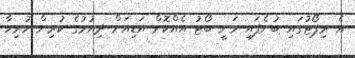
އެ ރިޕޯޓުގައި ބުނެފައި ވަނީ ބޯޓު އެއްކޮށް އަޑިއަށް ދިއުމުގެ ކުރިން ހުރިހާ